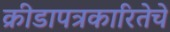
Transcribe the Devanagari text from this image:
क्रीडापत्रकारितेचे